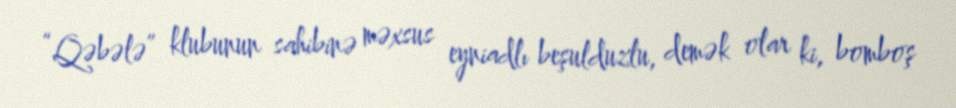
“Qəbələ” klubunun sahibinə məxsus eyniadlı beşulduzlu, demək olar ki, bomboş